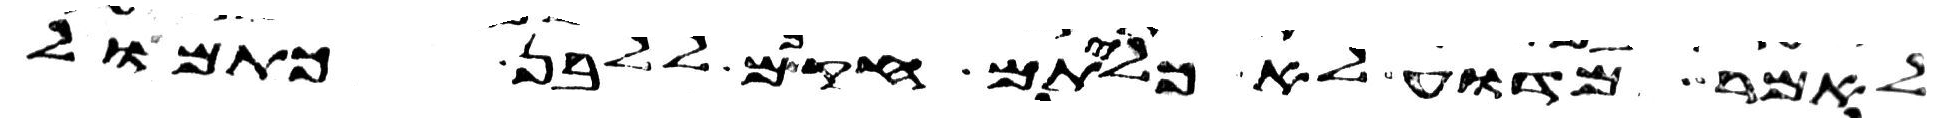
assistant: לאמר מדוע לא כליתם חקכם ללבן כתמול